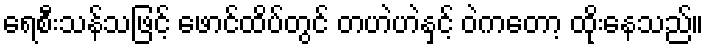
ရေစီးသန်သဖြင့် ဖောင်ထိပ်တွင် တဟဲဟဲနှင့် ဝဲကတော့ ထိုးနေသည်။